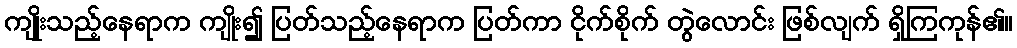
ကျိုးသည့်နေရာက ကျိုး၍ ပြတ်သည့်နေရာက ပြတ်ကာ ငိုက်စိုက် တွဲလောင်း ဖြစ်လျက် ရှိကြကုန်၏။